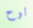
لوح